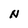
Character: N